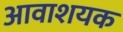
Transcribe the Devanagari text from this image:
आवाशयक